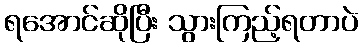
ရအောင်ဆိုပြီး သွားကြည့်ရတာပဲ